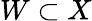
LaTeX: W\subset X